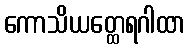
ကောသိယတ္ထေရဂါထာ